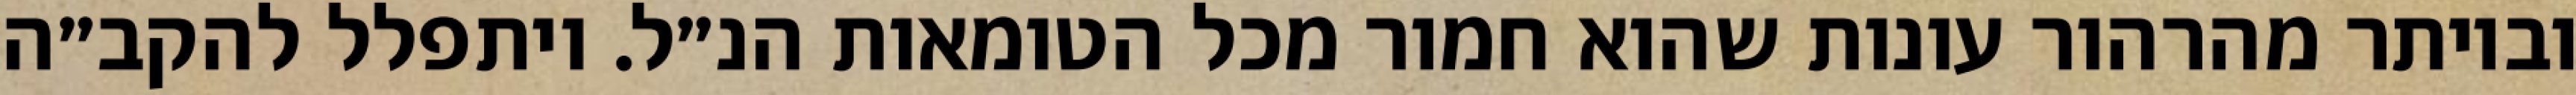
וביותר מהרהור עונות שהוא חמור מכל הטומאות הנ״ל. ויתפלל להקב״ה